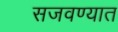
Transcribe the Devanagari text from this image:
सजवण्यात